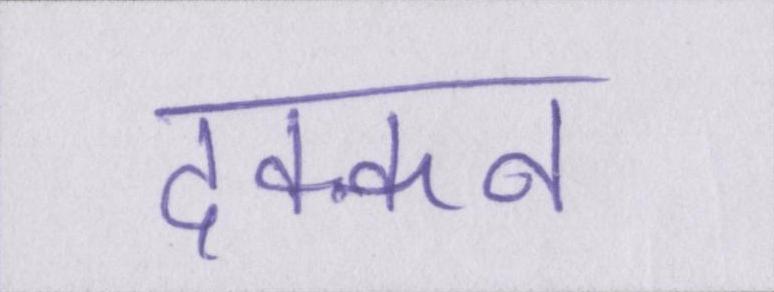
दक्कन